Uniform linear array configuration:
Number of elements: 12
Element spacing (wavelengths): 0.5
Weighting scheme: blackman
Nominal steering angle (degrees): -45
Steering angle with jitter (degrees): -44.992
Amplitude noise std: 0.05
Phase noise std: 0.05

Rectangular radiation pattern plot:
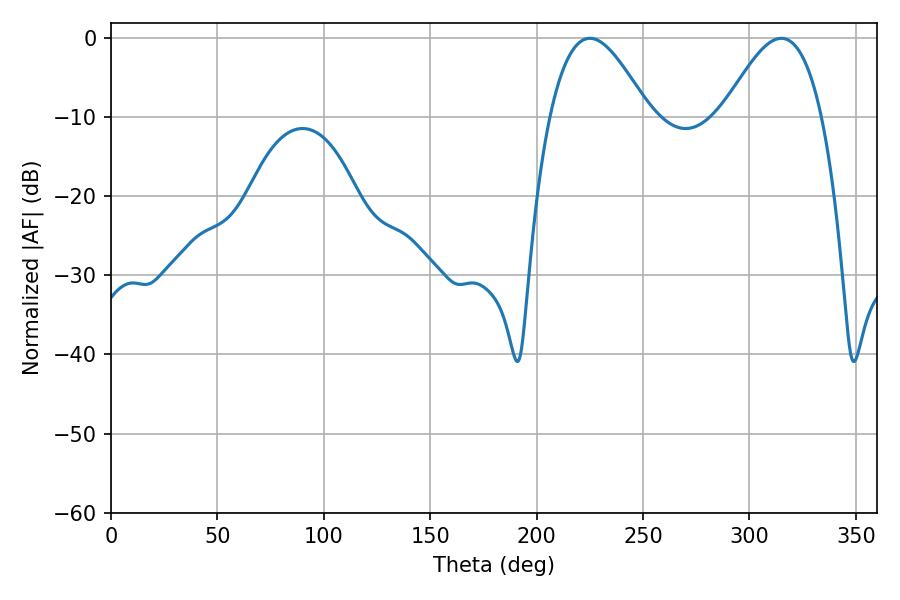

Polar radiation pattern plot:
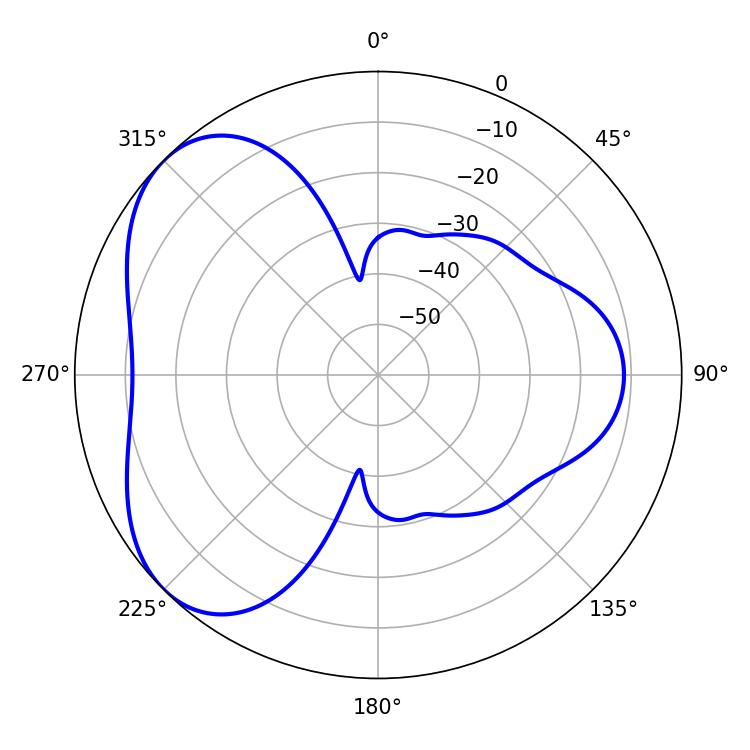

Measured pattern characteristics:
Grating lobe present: FALSE
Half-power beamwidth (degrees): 25.02
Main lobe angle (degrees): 225